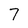
Character: 7